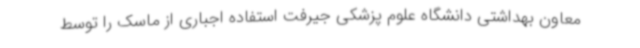
معاون بهداشتی دانشگاه علوم پزشکی جیرفت استفاده اجباری از ماسک را توسط